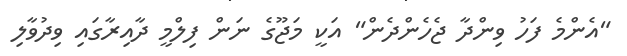
"އެންމެ ފަހު ވިންދާ ޖެހެންދެން" އަކީ މަޖޫގެ ނަން ފިލްމީ ދާއިރާގައި ވިދުވާލި